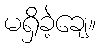
မရှိခဲ့ချေ။